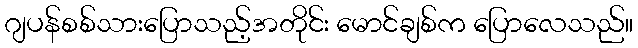
ဂျပန်စစ်သားပြောသည့်အတိုင်း မောင်ချစ်က ပြောလေသည်။